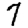
Digit: 7